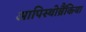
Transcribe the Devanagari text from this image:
आपिस्थोब्रैंकिया